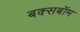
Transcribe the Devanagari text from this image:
बक्सबॉम